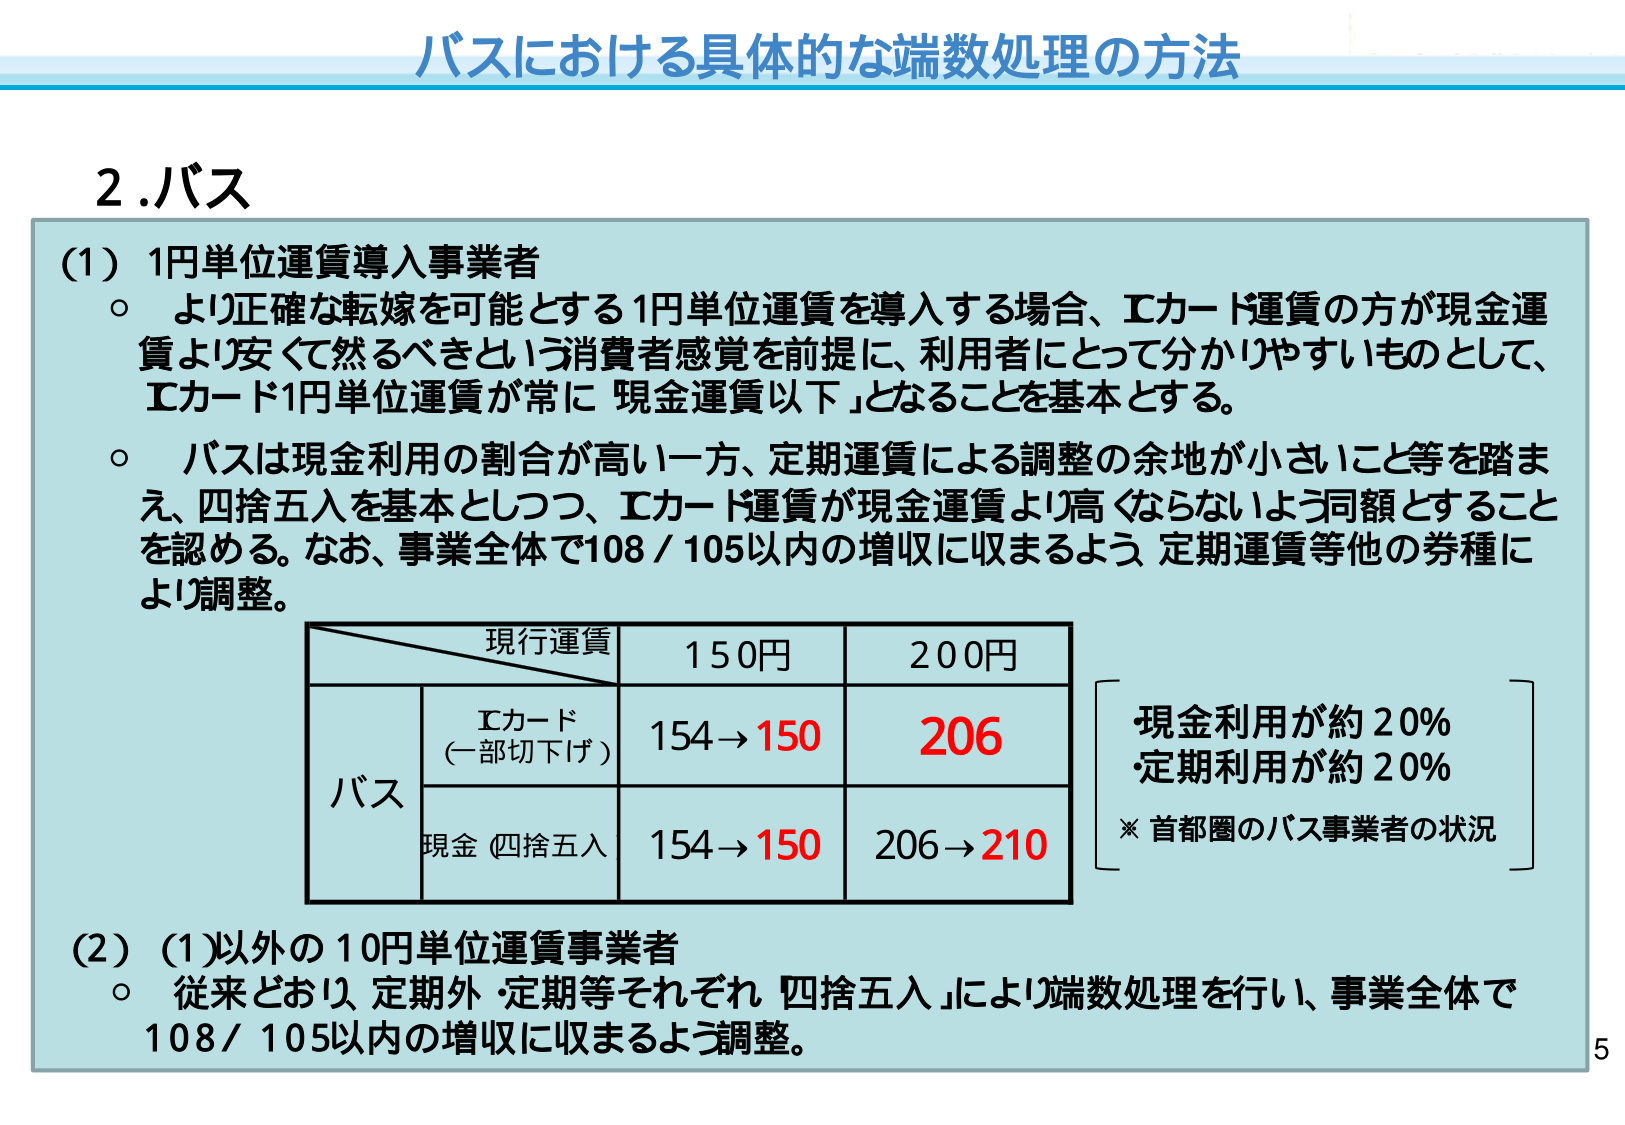
バスにおける具体的な端数処理の方法

2.バス

(1) 1円単位運賃導入事業者
○ より正確な転嫁を可能とする1円単位運賃を導入する場合、ICカード運賃の方が現金運賃より安くて然るべきという消費者感覚を前提に、利用者にとって分かりやすいものとして、ICカード1円単位運賃が常に「現金運賃以下」となることを基本とする。
○ バスは現金利用の割合が高い一方、定期運賃による調整の余地が小さいこと等を踏まえ、四捨五入を基本としつつ、ICカード運賃が現金運賃より高くなならないよう同額とすることを認める。なお、事業全体で108／105以内の増収に収まるよう、定期運賃等他の券種により調整。

現行運賃　150円　200円
　　　　　　ICカード
　　　　　　(一部切下げ)　154→150　206
　　　　　　バス
　　　　　　現金 (四捨五入)　154→150　206→210

現金利用が約20%
・定期利用が約20%
※ 首都圏のバス事業者の状況

(2) (1)以外の10円単位運賃事業者
○ 従来どおり、定期外・定期等それぞれ「四捨五入」により端数処理を行い、事業全体で108／105以内の増収に収まるよう調整。

5